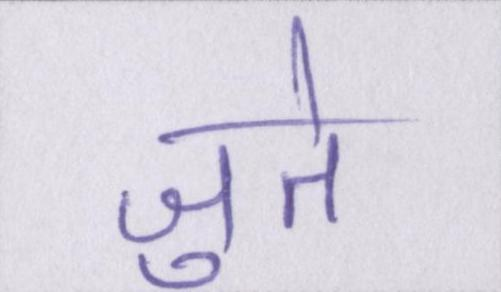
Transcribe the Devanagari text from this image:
जुते